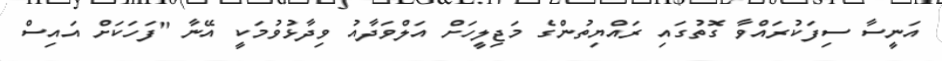
އަނީސާ ސިފަކުރައްވާ ގޮތުގައި ރައްޔިތުންގެ މަޖިލީހަށް އަލްވަދާއު ވިދާޅުވުމަކީ އޭނާ "ފަހަކަށް އައިސް